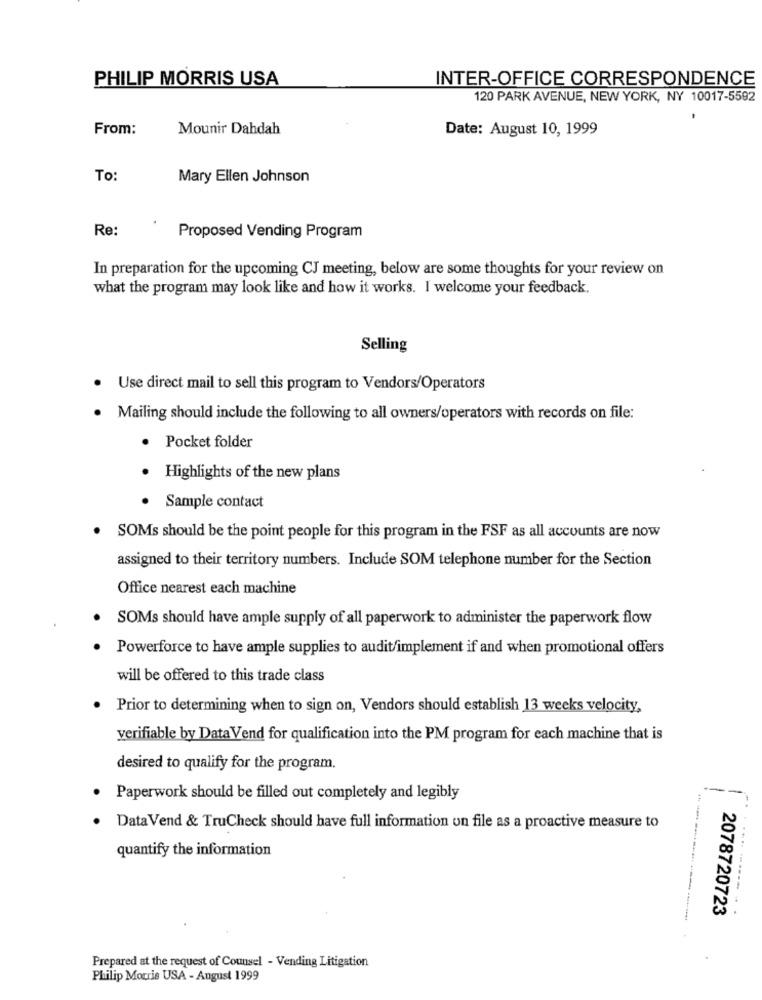
PHILIP MORRIS USA
INTER-OFFICE CORRESPONDENCE
120 PARK AVENUE, NEW YORK, NY 10017-5592
From:
Mounir Dahdah
Date: August 10, 1999
To:
Mary Ellen Johnson
Re:
Proposed Vending Program
In preparation for the upcoming CJ meeting, below are some thoughts for your review on
what the program may look like and how it works. I welcome your feedback.
Selling
Use direct mail to sell this program to Vendors/Operators
· Mailing should include the following to all owners/operators with records on file:
· Pocket folder
. Highlights of the new plans
Sample contact
SOMs should be the point people for this program in the FSF as all accounts are now
assigned to their territory numbers. Include SOM telephone number for the Section
Office nearest each machine
SOMs should have ample supply of all paperwork to administer the paperwork flow
Powerforce to have ample supplies to audit/implement if and when promotional offers
will be offered to this trade class
Prior to determining when to sign on, Vendors should establish 13 weeks velocity,
verifiable by Data Vend for qualification into the PM program for each machine that is
desired to qualify for the program.
Paperwork should be filled out completely and legibly
· Data Vend & TruCheck should have full information on file as a proactive measure to
quantify the information
2078720723
4
Prepared at the request of Counsel - Vending Litigation
Philip Morris USA - August 1999